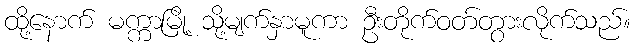
ထို့နောက် မက္ကာမြို့ သို့မျက်နှာမူကာ ဦးတိုက်ဝတ်တွားလိုက်သည်။